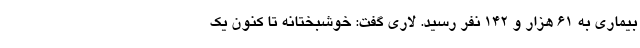
بیماری به ۶۱ هزار و ۱۴۲ نفر رسید. لاری گفت: خوشبختانه تا کنون یک